Reports on dispensaries and lunatic asylums in the Province of Oudh - 1869-1876
Year: 1869
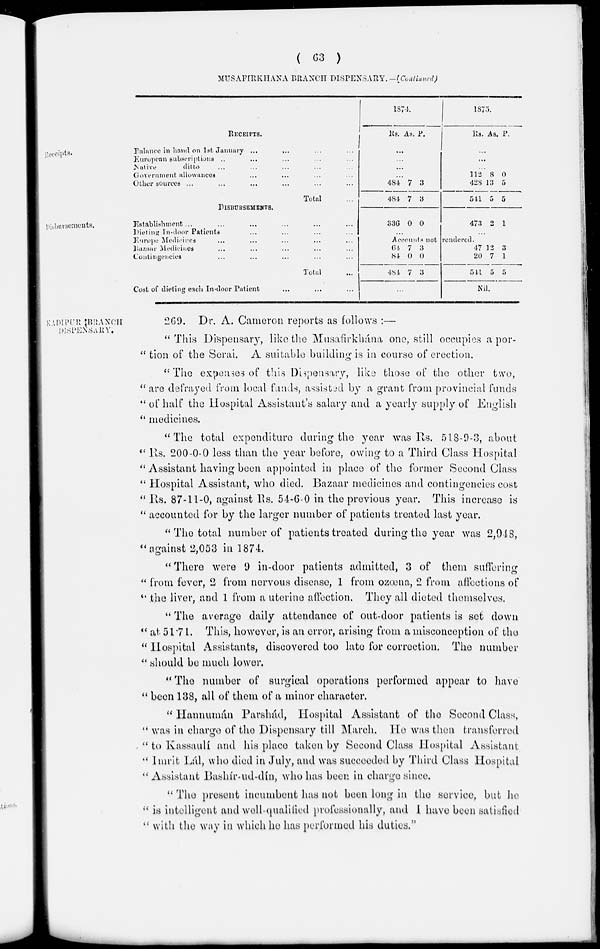
( 63 )
MUSAFIRKHANA BRANCH DISPENSARY.—(Continued)
Receipts.
RECEIPTS.
Balance in hand on 1st January ... ... ... ...
European subscriptions .. ... ... ... ...
Native
ditto ... ... ... ... ...
Government allowances ... ... ... ...
Oilier sources ... ... ... ... ...
Total ...
1874.
Rs. As. P.
...
...
...
...
484
484
7
7
3
3
1875.
Rs. As . P.
...
...
...
112
428
541
8
13
5
0
5
5
Disbursements.
DISBURSEMENTS.
Establishment ... ... ... ... ... ...
Dieting In-door Patients ... ... ... ...
Europe Medicines ... ... ... ... ...
Bazaar Medicines ... ... ... ... ...
Contingencies ... ... ... ... ...
Total ...
Cost of dieting each In-door Patient ... ... ...
336 0 0
...
473 2 1
...
Accounts not rendered.
64
84
484
7
0
7
3
0
3
...
47
20
541
12
7
5
3
1
5
Nil.
KADIPUR BRANCH
DISPENSARY.
269. Dr. A. Cameron reports as follows :—
" This Dispensary, like the Musafirkhána one, still occupies a por-
" tion of the Serai. A suitable building is in course of erection.
" The expenses of this Dispensary, like those of the other two,
" are defrayed from local funds, assisted by a grant from provincial funds
" of half the Hospital Assistant's salary and a yearly supply of English
" medicines.
"The total expenditure during the year was Rs. 518-9-3, about
" Rs. 200-0-0 less than the year before, owing to a Third Class Hospital
" Assistant having been appointed in place of the former Second Class
" Hospital Assistant, who died. Bazaar medicines and contingencies cost
" Rs. 87-11-0, against Rs. 54-6-0 in the previous year. This increase is
" accounted for by the larger number of patients treated last year.
" The total number of patients treated during the year was 2,948,
"against 2,053 in 1874.
" There were 9 in-door patients admitted, 3 of them suffering
" from fever, 2 from nervous disease, 1 from ozœna, 2 from affections of
"the liver, and 1 from a uterine affection. They all dieted themselves.
" The average daily attendance of out-door patients is set down
" at 51.71. This, however, is an error, arising from a misconception of the
" Hospital Assistants, discovered too late for correction. The number
" should be much lower.
" The number of surgical operations performed appear to have
" been 138, all of them of a minor character.
" Hannumán Parshád, Hospital Assistant of the Second Class,
" was in charge of the Dispensary till March. He was then transferred
" to Kassaulí and his place taken by Second Class Hospital Assistant
" Imrit Lál, who died in July, and was succeeded by Third Class Hospital
" Assistant Bashír-ud-dín, who has been in charge since.
" The present incumbent has not been long in the service, but he
" is intelligent and well-qualified professionally, and I have been satisfied
" with the way in which he has performed his duties."